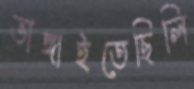
ভাঙ্গাইতেছিলি